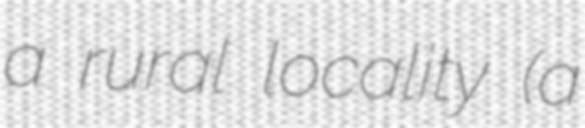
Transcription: a rural locality (a